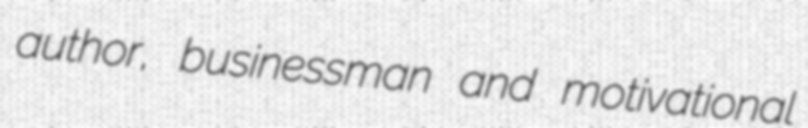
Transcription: author, businessman and motivational